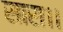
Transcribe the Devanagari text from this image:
सारा।।